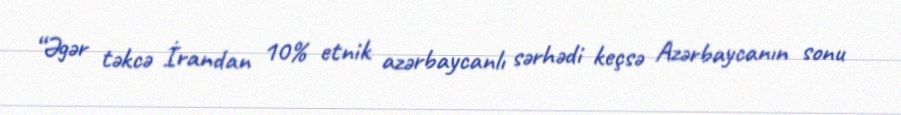
“Əgər təkcə İrandan 10% etnik azərbaycanlı sərhədi keçsə Azərbaycanın sonu